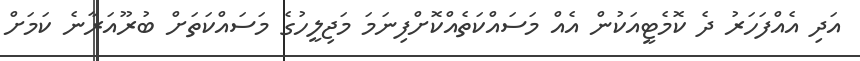
އަދި އެއްފަހަރު ދެ ކޮމެޓީއަކުން އެއް މަސައްކަތެއްކޮށްފިނަމަ މަޖިލީހުގެ މަސައްކަތަށް ބުރޫއަރާނެ ކަމަށް